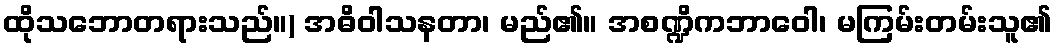
ထိုသဘောတရားသည်။) အဓိဝါသနတာ၊ မည်၏။ အစဏ္ဍိကဘာဝေါ၊ မကြမ်းတမ်းသူ၏